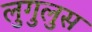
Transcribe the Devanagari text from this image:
लुगुलुस